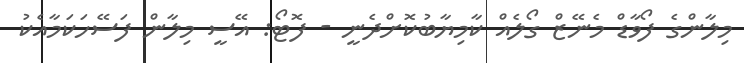
މިލާންގެ ފޯވާޑް މެނޭޒް ގޯލެއް ކާމިޔާބުކޮށްދެނީ - ފޮޓޯ: އޭސީ މިލާން ފަސޭހަކަމާއެކު